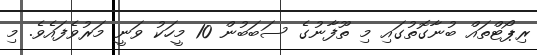
ރިޕޯޓްތައް ބުނާގޮތުގައި މި ތޫފާނުގެ ސަބަބުން 10 މީހަކު ވަނީ މަރުވެފައެވެ. މި